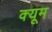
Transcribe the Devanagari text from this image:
क्यूम